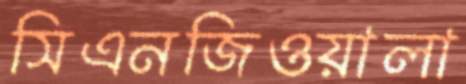
সিএনজিওয়ালা